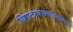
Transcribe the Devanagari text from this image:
थिएटरवाल्यांबरोबरच